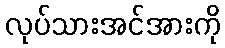
လုပ်သားအင်အားကို